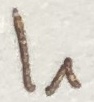
Text: I1